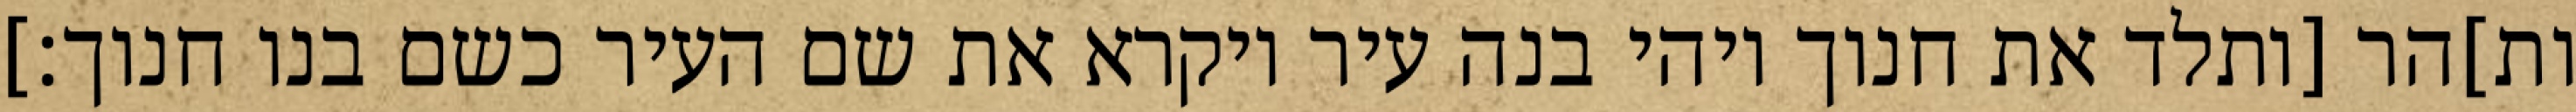
ות]הר [ותלד את חנוך ויהי בנה עיר ויקרא את שם העיר כשם בנו חנוך׃]